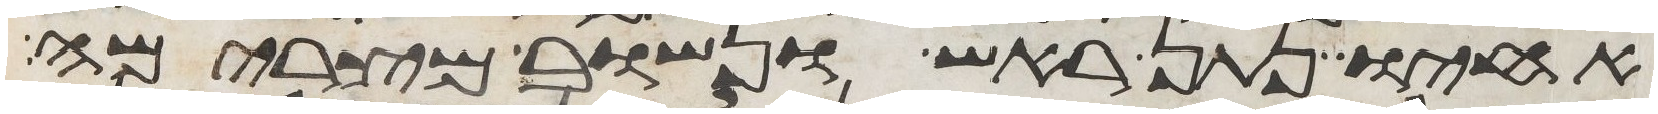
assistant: אחיו נתן ראש ונשוב מצרימה